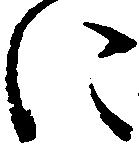
に